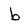
Character: b